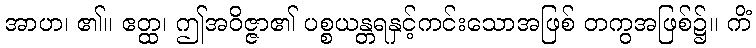
အာဟ၊ ၏။ ဧတ္ထ၊ ဤအဝိဇ္ဇာ၏ ပစ္စယန္တရနှင့်ကင်းသောအဖြစ် တကွအဖြစ်၌။ ကိံ